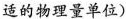
适的物理量单位)